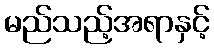
မည်သည့်အရာနှင့်